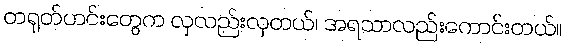
တရုတ်ဟင်းတွေက လှလည်းလှတယ်၊ အရသာလည်းကောင်းတယ်။